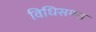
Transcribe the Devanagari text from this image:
विधिसम्म्त